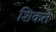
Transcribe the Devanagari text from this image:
शिंकते